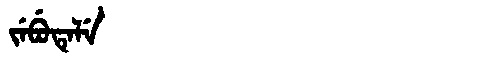
Manchu: ᠵᡝᠪᡠᡨᡝᠯᡝ
Romanization: JEBUTELE